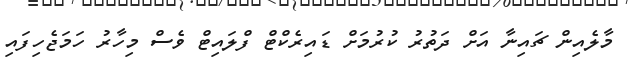
މާލެއިން ޗައިނާ އަށް ދަތުރު ކުރުމަށް ޑައިރެކްޓް ފްލައިޓް ވެސް މިހާރު ހަމަޖެހިފައި